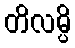
တိလမ္ပိ